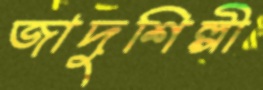
জাদুশিল্পী